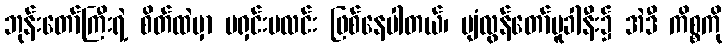
ဘုန်းတော်ကြီးရဲ့ စိတ်ထဲမှာ မရှင်းမလင်း ဖြစ်နေပါတယ်၊ ပျံလွန်တော်မူခါနီး၌ အဲဒီ ကိစ္စကို